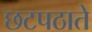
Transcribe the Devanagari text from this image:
छटपठाते